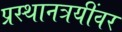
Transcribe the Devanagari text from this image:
प्रस्थानत्रयींवर